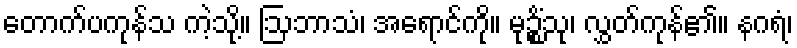
တောက်ပကုန်သ ကဲ့သို့။ ဩဘာသံ၊ အရောင်ကို။ မုဉ္စိံသု၊ လွှတ်ကုန်၏။ နဂရံ၊